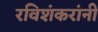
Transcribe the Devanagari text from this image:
रविशंकरांनी